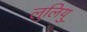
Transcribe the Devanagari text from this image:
लुलियु